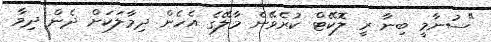
"ސުނާމީ ބިނާ ރީ ލޮކޭޓް ކުރެވޭނެ މާލޭގެ އެހެން ދިމާލަކަށް ދެން ދިމާ